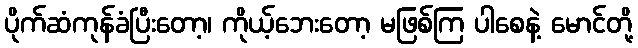
ပိုက်ဆံကုန်ခံပြီးတော့၊ ကိုယ့်ဘေးတော့ မဖြစ်ကြ ပါစေနဲ့ မောင်တို့